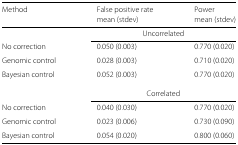
| Method | False positive rate | Power |
 |  | mean (stdev) | mean (stdev) |
 | --- | --- | --- |
 |  | <COLSPAN=2> Uncorrelated |
 | No correction | 0.050 (0.003) | 0.770 (0.020) |
 | Genomic control | 0.028 (0.003) | 0.710 (0.020) |
 | Bayesian control | 0.052 (0.003) | 0.770 (0.020) |
 |  | <COLSPAN=2> Correlated |
 | No correction | 0.040 (0.030) | 0.770 (0.020) |
 | Genomic control | 0.023 (0.006) | 0.730 (0.090) |
 | Bayesian control | 0.054 (0.020) | 0.800 (0.060) |